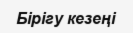
Бірігу кезеңі